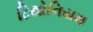
ટિથોનિયમ